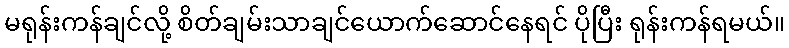
မရုန်းကန်ချင်လို့ စိတ်ချမ်းသာချင်ယောက်ဆောင်နေရင် ပိုပြီး ရုန်းကန်ရမယ်။